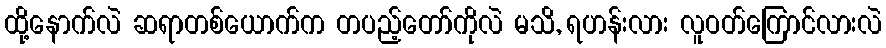
ထို့နောက်လဲ ဆရာတစ်ယောက်က တပည့်တော်ကိုလဲ မသိ, ရဟန်းလား လူဝတ်ကြောင်လားလဲ